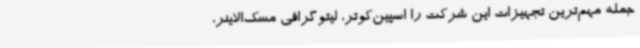
جمله مهم‌ترین تجهیزات این شرکت را اسپین‌کوتر، لیتوگرافی مسک‌الاینر،